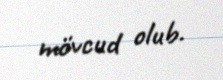
mövcud olub.